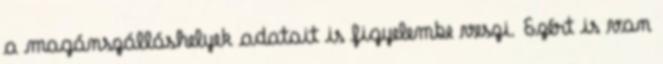
a magánszálláshelyek adatait is figyelembe veszi. Ezért is van